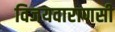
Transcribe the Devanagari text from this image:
विजयवाराणसी